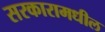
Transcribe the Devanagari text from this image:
सरकारामधील